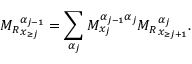
{ M _ { R } } _ { \boldsymbol x _ { \ge j } } ^ { \alpha _ { j - 1 } } = \sum _ { \alpha _ { j } } M _ { x _ { j } } ^ { \alpha _ { j - 1 } \alpha _ { j } } { M _ { R } } _ { \boldsymbol { x } _ { \ge j + 1 } } ^ { \alpha _ { j } } .